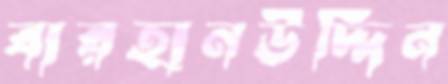
বারহানউদ্দিন